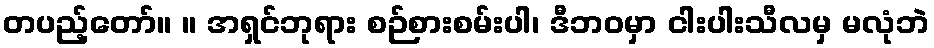
တပည့်တော်။ ။ အရှင်ဘုရား စဉ်စားစမ်းပါ၊ ဒီဘဝမှာ ငါးပါးသီလမှ မလုံဘဲ